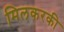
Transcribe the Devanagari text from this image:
मिलकरकी